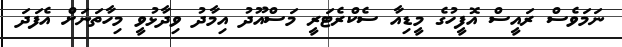
ނަމަވެސް ރައީސް އޮފީހުގެ މީޑިއާ ސެކްރެޓަރީ މަސްއޫދު އިމާދު ވިދާޅުވީ މިހާތަނަށް އެފަދަ